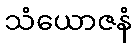
သံယောဇနံ